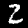
Digit: 2